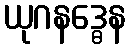
ယုဂနဒ္ဓေန